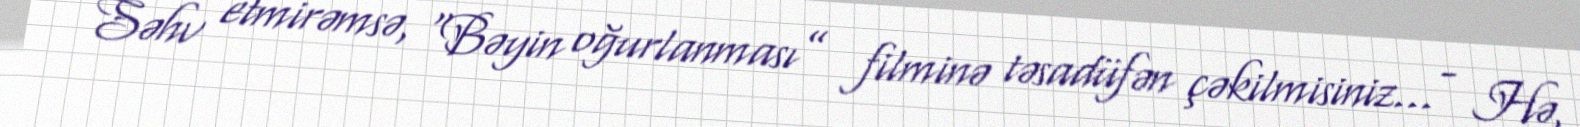
- Səhv etmirəmsə, “Bəyin oğurlanması” filminə təsadüfən çəkilmisiniz... - Hə,